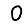
Digit: 0